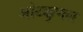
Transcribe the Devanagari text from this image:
ओटक्कुणल